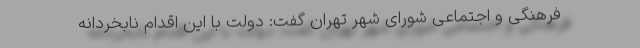
فرهنگی و اجتماعی شورای شهر تهران گفت: دولت با این اقدام نابخردانه